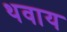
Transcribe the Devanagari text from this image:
थवाय